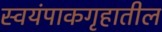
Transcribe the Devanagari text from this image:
स्वयंपाकगृहातील